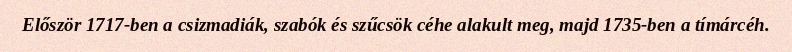
Először 1717-ben a csizmadiák, szabók és szűcsök céhe alakult meg, majd 1735-ben a tímárcéh.